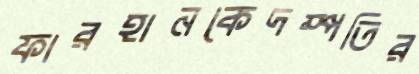
ফারহানকেদম্পতির